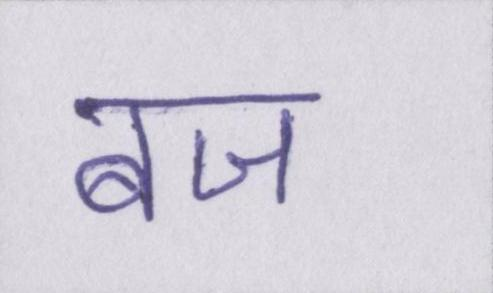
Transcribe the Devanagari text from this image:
बज